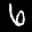
Label: 6